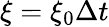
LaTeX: \xi=\xi_{0}\Delta t